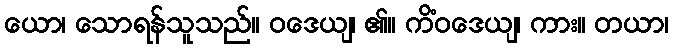
ယော၊ သောရန်သူသည်။ ဝဒေယျ၊ ၏။ ကိံဝဒေယျ၊ ကား။ တယာ၊